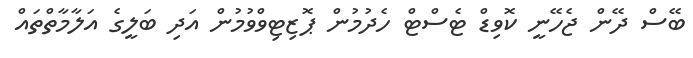
ބޭސް ދޭން ޖެހޭނީ ކޮވިޑް ޓެސްޓް ހެދުމުން ޕޮޒިޓިވްވުމުން އަދި ބަލީގެ އަލާމާތްތައް